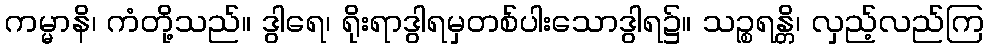
ကမ္မာနိ၊ ကံတို့သည်။ ဒွါရေ၊ ရိုးရာဒွါရမှတစ်ပါးသောဒွါရ၌။ သဉ္စရန္တိ၊ လှည့်လည်ကြ